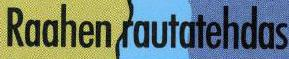
Raahen rautatehdas